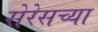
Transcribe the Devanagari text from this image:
सेरेसच्या